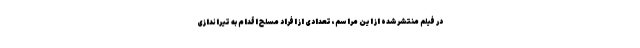
در فیلم منتشرشده از این مراسم، تعدادی از افراد مسلح اقدام به تیراندازی